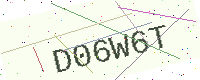
Text: D06W6T